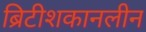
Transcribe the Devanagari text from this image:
ब्रिटीशकानलीन